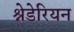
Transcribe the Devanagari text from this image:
श्नेडेरियन